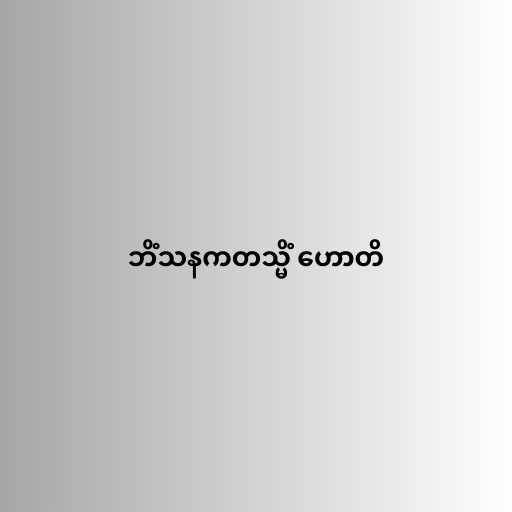
ဘိံသနကတသ္မိံ ဟောတိ